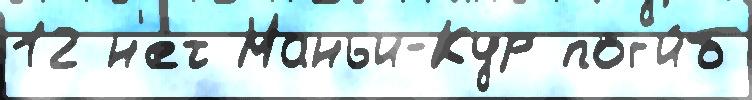
12 н'ет Маньи-Кур пог'и́б